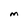
Character: M